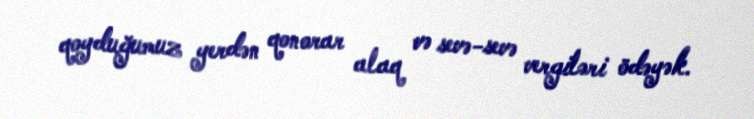
qoyduğumuz yerdən qonorar alaq və sevə-sevə vergiləri ödəyək.